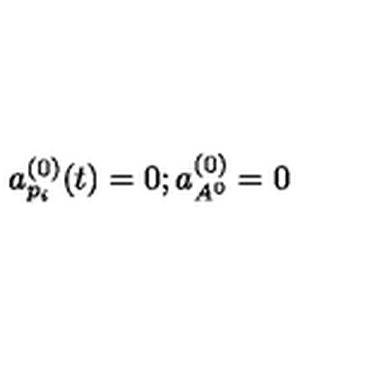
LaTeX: a _ { p _ { i } } ^ { ( 0 ) } ( t ) = 0 ; a _ { A ^ { 0 } } ^ { ( 0 ) } = 0